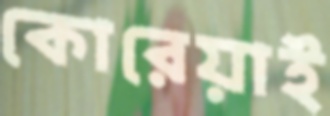
কোরেয়াই